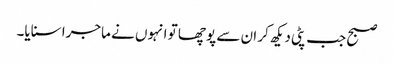
صبح جب پٹی دیکھ کر ان سے پوچھا تو انہوں نے ماجرا سنایا۔